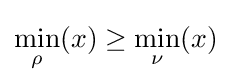
\min _{\rho }(x)\geq \min _{\nu }(x)